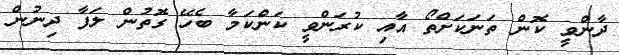
ދާންވީ ކޮން ތަނަކަށްތޯ އާއި ކުރަންވީ ކަންކަމާ ބެހޭ ގޮތުން ލަފާ ދިނުން